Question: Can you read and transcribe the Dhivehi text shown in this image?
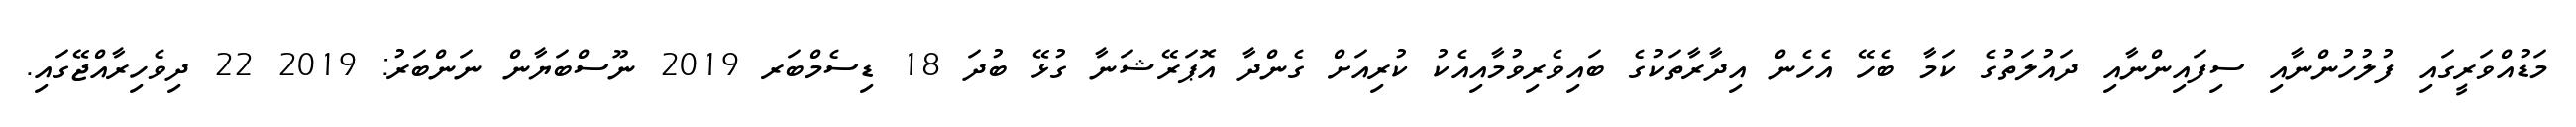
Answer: މަޑުއްވަރީގައި ފުލުހުންނާއި ސިފައިންނާއި ދައުލަތުގެ ކަމާ ބެހޭ އެހެން އިދާރާތަކުގެ ބައިވެރިވުމާއިއެކު ކުރިއަށް ގެންދާ އޮޕަރޭޝަނާ ގުޅޭ ބުދަ 18 ޑިސެމްބަރ 2019 ނޫސްބަޔާން ނަންބަރު: 2019 22 ދިވެހިރާއްޖޭގައި.